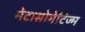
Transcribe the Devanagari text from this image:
मेटासोमेटिज्म